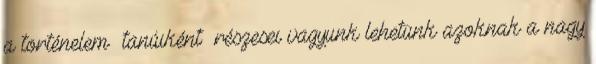
a történelem »tanúiként« részesei vagyunk lehetünk azoknak a nagy